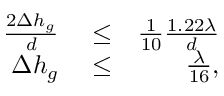
\begin{array} { r l r } { \frac { 2 \Delta h _ { g } } { d } } & { { } \leq } & { \frac { 1 } { 1 0 } \frac { 1 . 2 2 \lambda } { d } } \\ { \Delta h _ { g } } & { { } \leq } & { \frac { \lambda } { 1 6 } , } \end{array}